Report on the cultivation and use of ganja
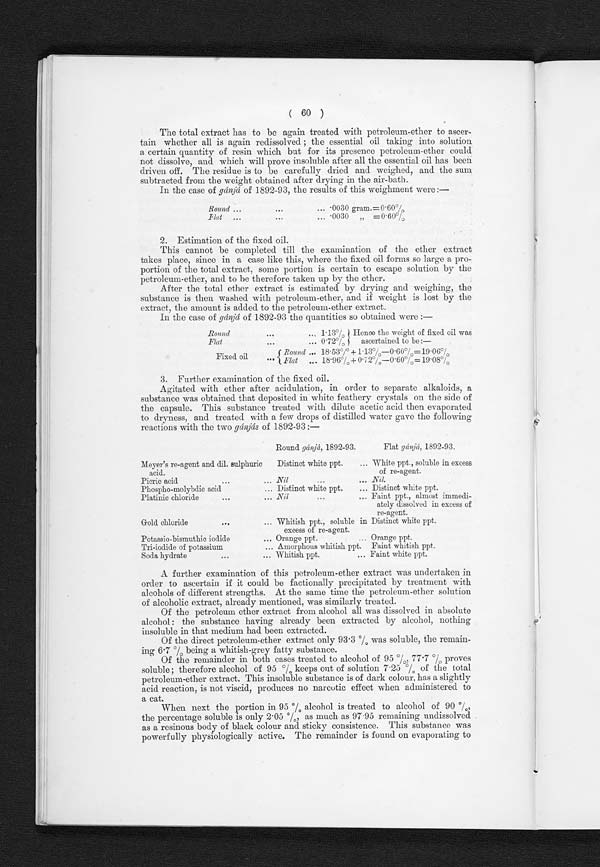
( 60 )
The total extract has to be again treated with petroleum-ether to ascer-
tain whether all is again redissolved the essential oil taking into solution
a certain quantity of resin which but for its presence petroleum-ether could
not dissolve, and which will prove insoluble after all the essential oil has been
driven off. The residue is to be carefully dried and weighed, and the sum
subtracted from the weight obtained after drying in the air-bath.
In the case of gánjá of 1892-93, the results of this weighment were :—
Round ...
... 0030 gram.=0.60%
Flat ...
...
0030
„
=0.60%
2. Estimation of the fixed oil.
This cannot be completed till the examination of the ether extract
takes place, since in a case like this, where the fixed oil forms so large a pro-
portion of the total extract, some portion is certain to escape solution by the
petroleum-ether, and to be therefore taken up by the ether.
After the total ether extract is estimated by drying and weighing, the
substance is then washed with petroleum-ether, and if weight is lost by the
extract, the amount is added to the petroleum-ether extract.
In the case of gánjá of 1892-93 the quantities so obtained were :—
Round
. . .
...
1 . 13% Hence the weight of fixed oil was
ascertained to be :—
Flat
...
... 0 .72%
Round ... 18 . 53% + 1 . 13%-0 . 60% = 19.06%
Fixed oil
Fi
Flat ... 18 . 96% + 0 . 72%-0 . 60% = 19.08%
3. Further examination of the fixed oil.
Agitated with ether after acidulation, in order to separate alkaloids, a
substance was obtained that deposited in white feathery crystals on the side of
the capsule. This substance treated with dilute acetic acid then evaporated
to dryness, and treated with a few drops of distilled water gave the following
reactions with the two gánjás of 1892-93:—
Round gánjá, 1892-93.
Flat gánjá, 1892-93.
Meyer's re-agent and dil. sulphuric
acid.
Distinct white ppt.
... White ppt., soluble in excess
of re-agent.
Picric acid
...
...
...
Nil... Nil.
Phospho-molybdic acid
... Distinct white ppt.
... Distinct white ppt.
Platinic chloride
...
...
Nil
...
... Faint ppt., almost immedi-
ately dissolved in excess of
re-agent.
Gold chloride
...
... Whitish ppt., soluble in Distinct white ppt.
excess of re-agent.
Potassio-bismuthic iodide
... Orange ppt.
... Orange ppt.
Tri-iodide of potassium
... Amorphous whitish ppt. Faint whitish ppt.
Soda hydrate
...
. . . Whitish ppt.
... Faint white ppt.
A further examination of this petroleum-ether extract was undertaken in
order to ascertain if it could be factionally precipitated by treatment with
alcohols of different strengths. At the same time the petroleum-ether solution
of alcoholic extract, already mentioned, was similarly treated.
Of the petroleum ether extract from alcohol all was dissolved in absolute
alcohol: the substance having already been extracted by alcohol, nothing
insoluble in that medium had been extracted.
Of direct petroleum-ether extract only93.3% was soluble, the,rema-
i n- i ng 6. 7 % b e i n g a w h i t i s h - g r e y f a t t y s u b s t a n c e .
Of the remainder in both cases treated to alcohol of 95%, 77. 7 % p r o v e s
soluble; therefore alcohol of 95 % keeps out of solution 7 . 25 % of the total
petroleum-ether extract. This insoluble substance is of dark colour, has a slightly
acid reaction, is not viscid, produces no narcotic effect when administered to
a cat.
When next the portion in 95 % alcohol is treated to alcohol of 90 %,
the percentage soluble is only 2 . 05 %, as much as 97 . 95 remaining undissolved
as a resinous body of black colour and sticky consistence. This substance was
powerfully physiologically active. The remainder is found on evaporating to